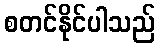
စတင်နိုင်ပါသည်